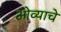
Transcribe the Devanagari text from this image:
ओव्याचे